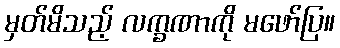
မှတ်မိသည့် လက္ခဏာကို မဖော်ပြ။